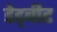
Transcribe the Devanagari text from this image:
डेड्बीट